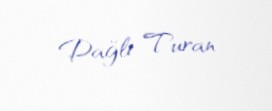
Dağlı Turan